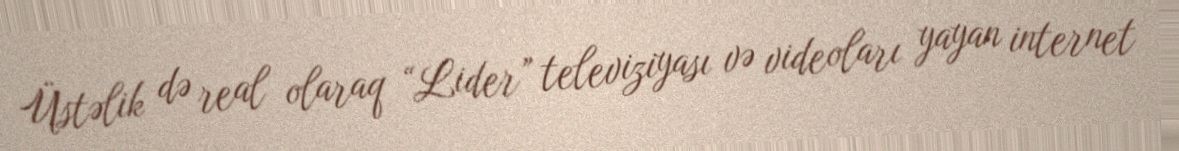
Üstəlik də real olaraq “Lider” televiziyası və videoları yayan internet